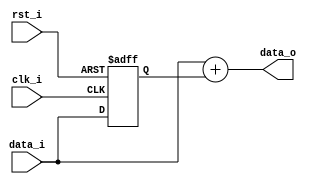
`timescale 1ns / 1ps
//////////////////////////////////////////////////////////////////////////////////
//////////////////////////////////////////////////////////////////////////////////


module sum_filter #(
    parameter WIDTH = 16
    )(
    input wire clk_i,
    input wire rst_i,
    input wire [WIDTH-1:0] data_i,
    output wire [WIDTH-1:0] data_o
    );
    
    reg [WIDTH-1:0] data_q;
    
    assign data_o = data_i + data_q;
    
    
    always @(posedge clk_i or posedge rst_i) begin
        if (rst_i) begin
            data_q <= 'd0;
        end else begin 
            data_q <= data_i;
        end
    end 
    
endmodule